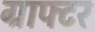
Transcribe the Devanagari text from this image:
ग्राफ्टर